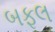
બફલ